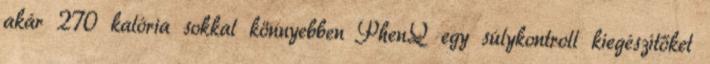
akár 270 kalória sokkal könnyebben PhenQ egy súlykontroll kiegészítőket